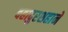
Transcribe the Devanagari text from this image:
बहादुरशहाने